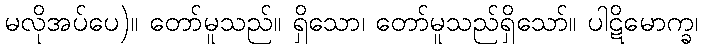
မလိုအပ်ပေ)။ တော်မူသည်။ ရှိသော၊ တော်မူသည်ရှိသော်။ ပါဋိမောက္ခ၊